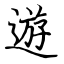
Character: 遊